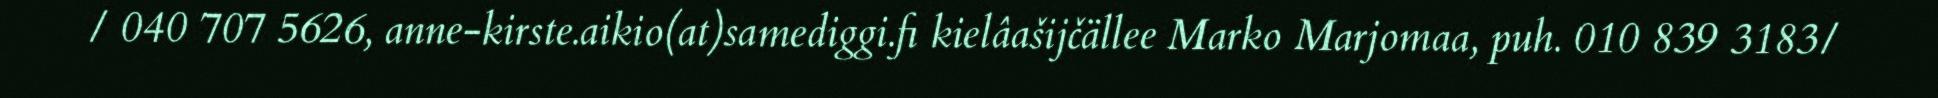
/ 040 707 5626, anne-kirste.aikio(at)samediggi.fi kielâašijčällee Marko Marjomaa, puh. 010 839 3183/